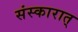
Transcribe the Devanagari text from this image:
संस्कारात्‌